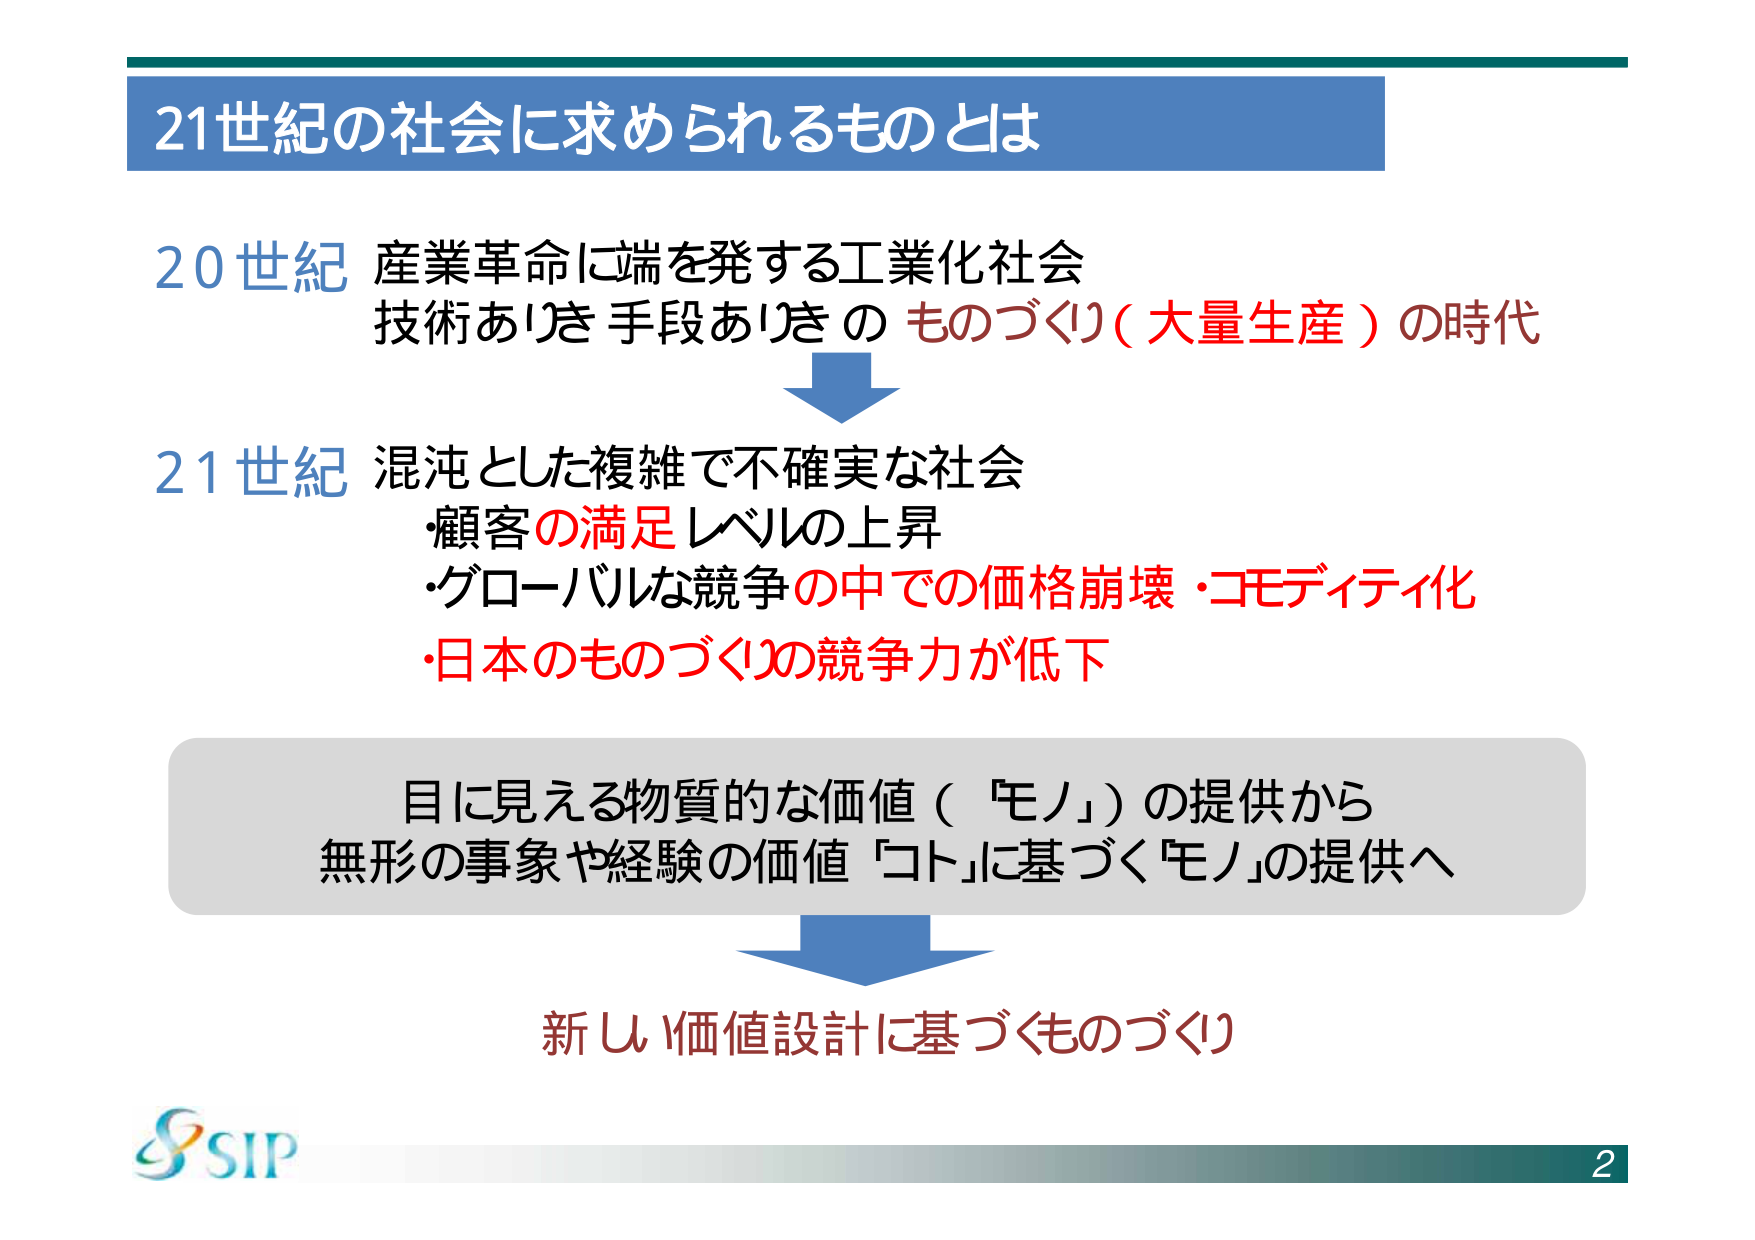
21世紀の社会に求められるものとは

20世紀 産業革命に端を発する工業化社会
技術ありき 手段ありき の ものづくり（大量生産）の時代

21世紀 混沌とした複雑で不確実な社会
・顧客の満足レベルの上昇
・グローバルな競争の中での価格崩壊・コモディティ化
・日本のも のづくりの競争力が低下

目に見える物質的な価値（「モノ」）の提供から
無形の事象や経験の価値「コト」に基づく「モノ」の提供へ

新し 価値設計に基づくものづくり

SIP
2